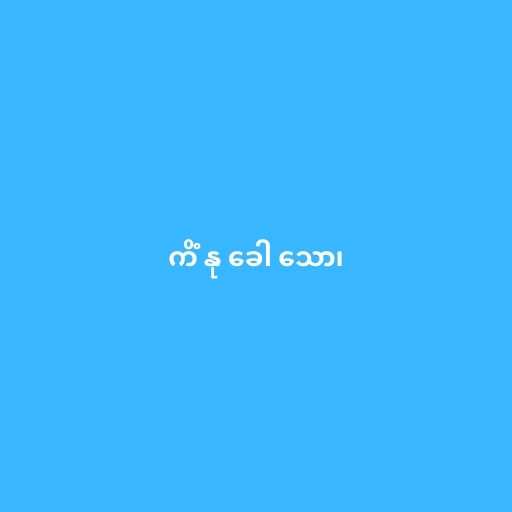
ကိံ နု ခေါ သော၊